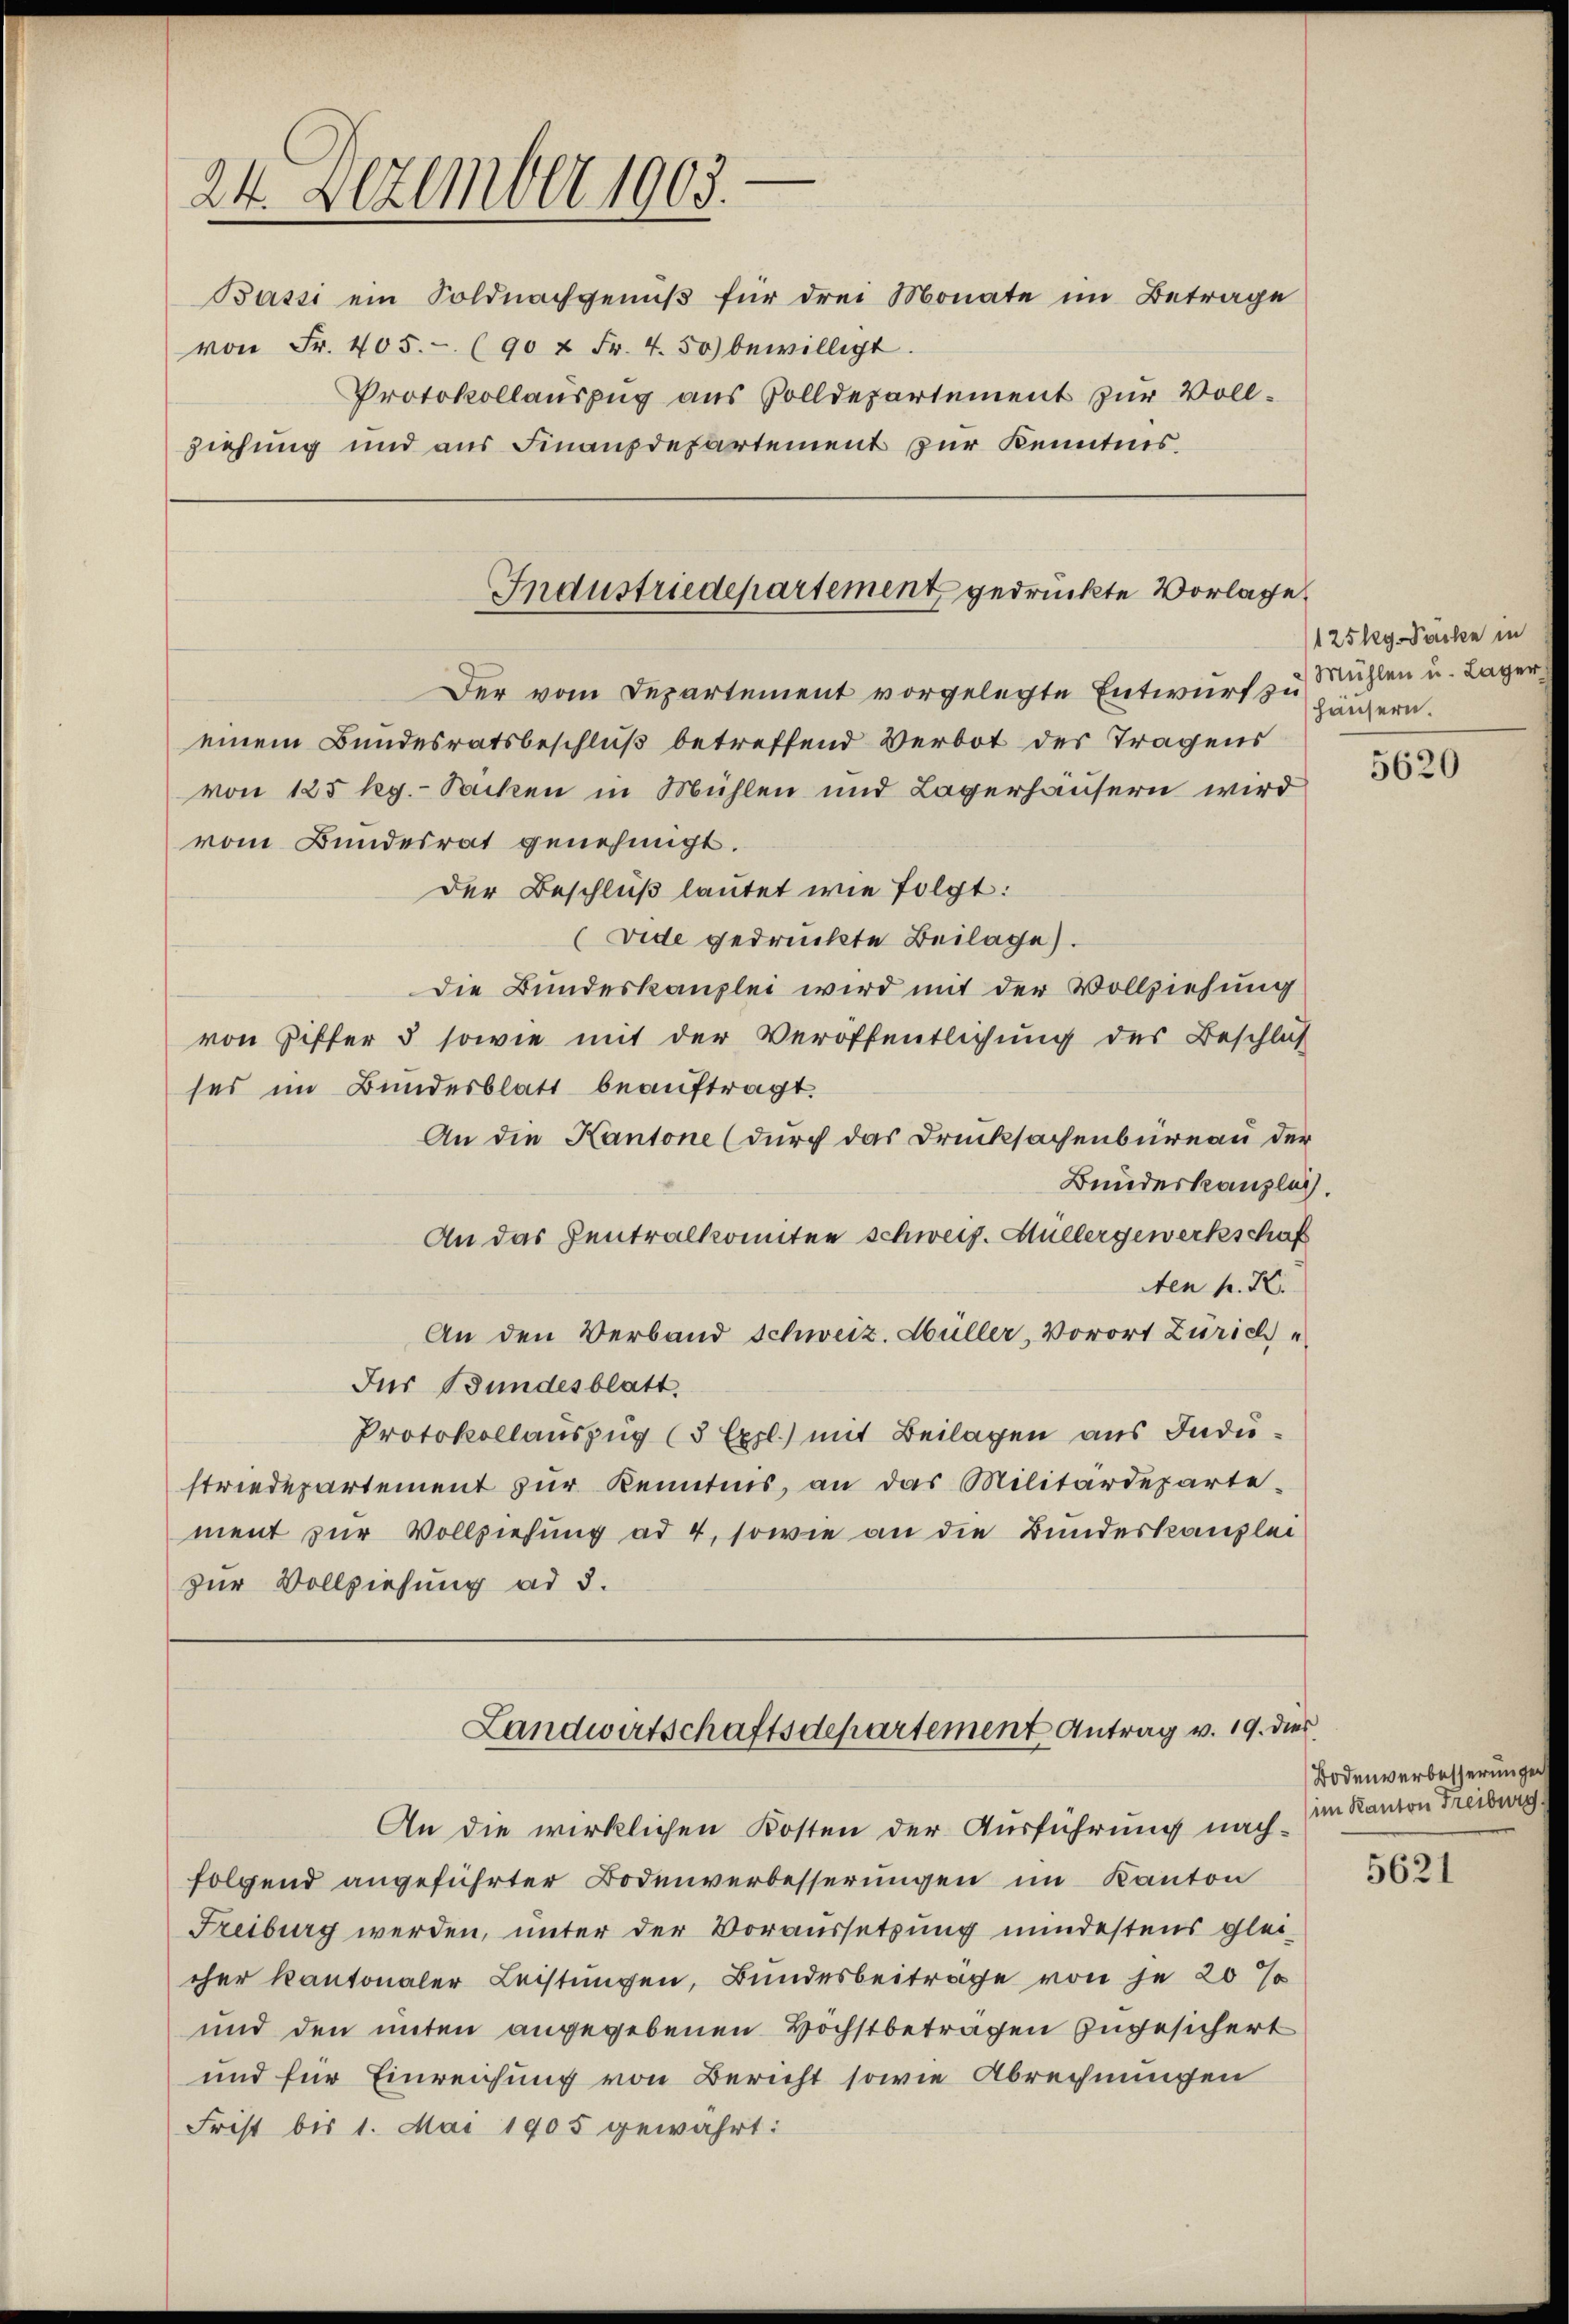
24. Dezember 1903.

Bassi ein Soldnachgenuß für drei Monate im Betrage
von Fr. 405. - (90 x Fr. 4.50) bewilligt.
Protokollauszug aus Volldepartement zur Vollziehung und aus Finanzdepartement zur Kenntnis.

Industriedepartement gedruckte Vorlage

Der vom Departement vorgelegte Entwurf zu
einem Bundesratsbeschluß betreffend Verbot des Tragens
von 125 Rg.- Sacken in Mühlen und Lagerhäusern wird
vom Bundesrat genehmigt.
Der Beschluß lautet wie folgt:
(vide gedruckte Beilage).
Die Bundeskanzlei wird mit der Vollziehung
von Ziffer 5 sowie mit der Veröffentlichung des Beschluß
ses im Bundesblatt beauftragt.
An die Kantone (durch das Drucksachenbureau der
Bundeskanzlich.
An das Zentralkomitee schweiz. Müllergewerkschaf
Aen K. K.
An den Verband Schweiz. Hüller, Vorort Zürich
Jur Bundesblatt.
Protokollauszug (3 Exl.) mit Beilagen aus Industriedepartement zŭr Kenntnis, an das Militärdeparte
ment zur Vollziehung ad 4, sowie an die Bundeskanzlei
zur Vollziehung ad 3.
Landwirtschaftsdepartement Antrag v. 19. dies
An die wirklichen Kosten der Ausführung nach-
folgend angeführter Bodenverbesserungen im Kanton
Freiburg werden, unter der Voraussetzung mindestens gleicher Kantonaler Leistungen, Bundesbeiträge von je 20 %
und den unten angegebenen Höchstbetragen zugesichert
und für Einreichung von Bericht sowie Abrechnungen
Frist bis 1. Mai 1905 gewährt:

125 lg. Packe in
Mühlen u. Lager
häusern.

5620

Bodenverbesserungen
im Kanton Freiburg

5621